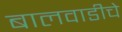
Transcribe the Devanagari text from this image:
बालवाडीचे